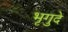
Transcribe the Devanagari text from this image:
भृगुदे